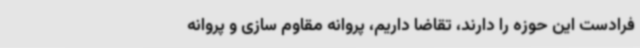
فرادست این حوزه را دارند، تقاضا داریم، پروانه مقاوم سازی و پروانه